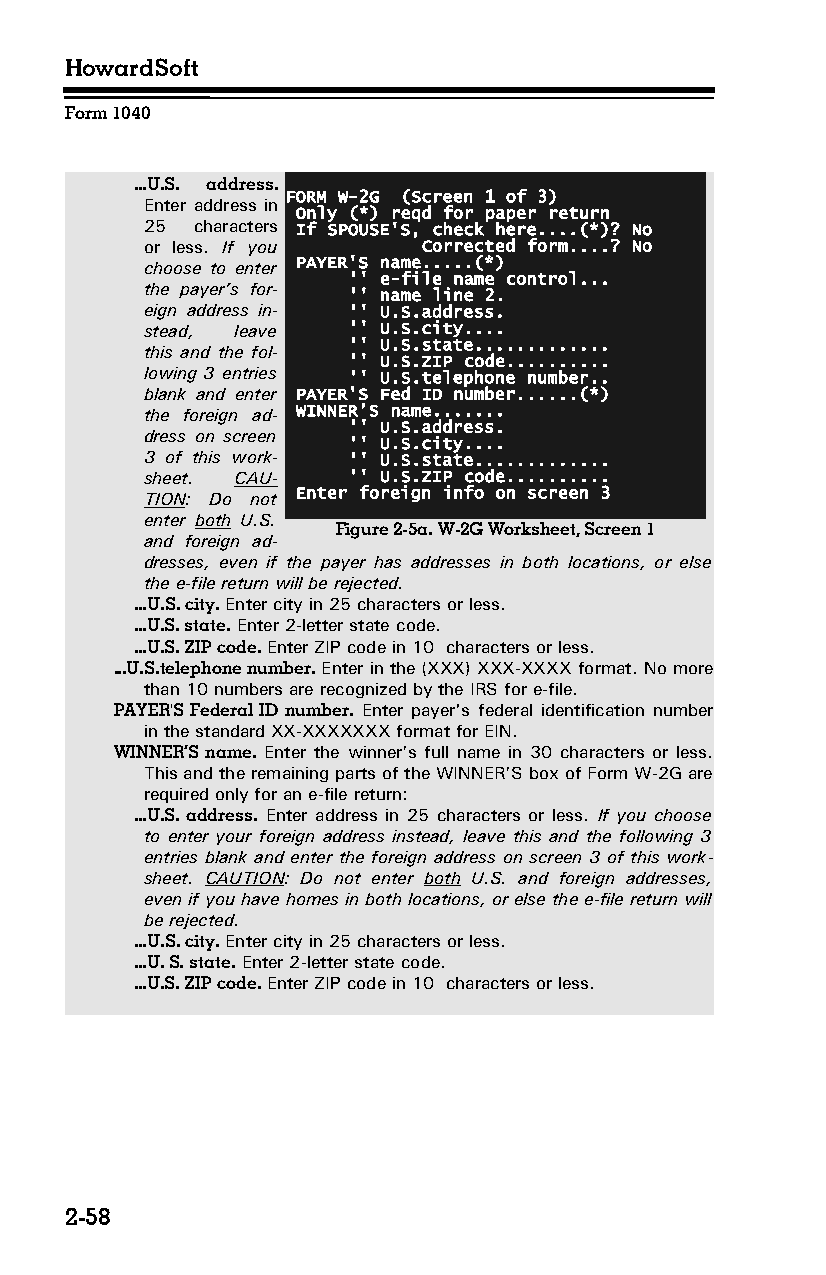
HowardSoft
 Form 1040
 ...U.S. address.
 FORM W-2G (Screen 1 of 3)
 Enter address in
 Only (*) reqd for paper return
 25 characters If SPOUSE'S, check here....(*)? No
 or less. If you   Corrected form....? No
 choose to enter PAYER'S name.....(*)
 '' e-file name control...
 the payer’s for­
 '' name line 2.
 eign address in­ '' U.S.address.
 stead, leave '' U.S.city....
 '' U.S.state.............
 this and the fol­
 '' U.S.ZIP code..........
 lowing 3 entries '' U.S.telephone number..
 blank and enter PAYER'S Fed ID number......(*)
 the foreign ad­ WINNER’S name.......
 '' U.S.address.
 dress on screen
 '' U.S.city....
 3 of this work­ '' U.S.state.............
 sheet. CAU­  '' U.S.ZIP code..........
 Enter foreign info on screen 3
 TION: Do not
 enter both U.S.
 Figure 2-5a. W-2G Worksheet, Screen 1
 and foreign ad­
 dresses, even if the payer has addresses in both locations, or else
 the e-file return will be rejected.
 ...U.S. city. Enter city in 25 characters or less.
 ...U.S. state. Enter 2-letter state code.
 ...U.S. ZIP code. Enter ZIP code in 10 characters or less.
 ...U.S.telephone number. Enter in the (XXX) XXX-XXXX format. No more
 than 10 numbers are recognized by the IRS for e-file.
 PAYER'S Federal ID number. Enter payer's federal identification number
 in the standard XX-XXXXXXX format for EIN.
 WINNER’S name. Enter the winner’s full name in 30 characters or less.
 This and the remaining parts of the WINNER’S box of Form W-2G are
 required only for an e-file return:
 ...U.S. address. Enter address in 25 characters or less. If you choose
 to enter your foreign address instead, leave this and the following 3
 entries blank and enter the foreign address on screen 3 of this work­
 sheet. CAUTION: Do not enter both U.S. and foreign addresses,
 even if you have homes in both locations, or else the e-file return will
 be rejected.
 ...U.S. city. Enter city in 25 characters or less.
 ...U. S. state. Enter 2-letter state code.
 ...U.S. ZIP code. Enter ZIP code in 10 characters or less.
 2-58